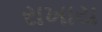
રાખાય